Vaccination in the Punjab 1867-1880 - 1867-1880
Year: 1867
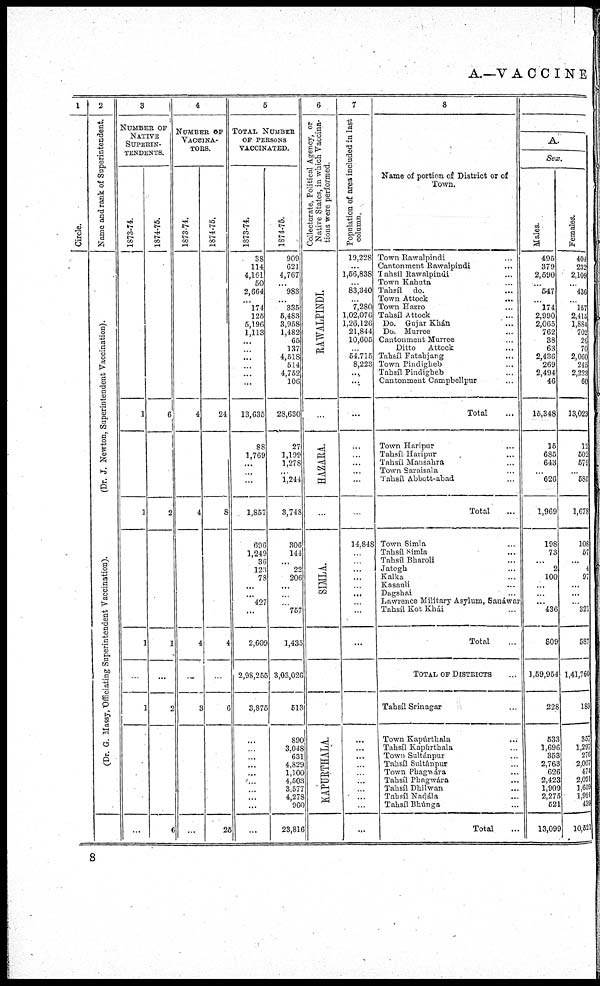
A.—VACCINE
1
Circle.
2
Name and rank of Superintendent.
(Dr. J. Ne wt on, Superintendent "Vaccination).
(Dr.
G. Massy, Officiating Superintendent Vaccination).
3
NUMBER OF
NATIVE
SUPERIN-
--------.
1873-74.
1
1
1
...
1
...
1874-75.
6
2
1
...
2
6
4
NUMBER OF
VACCINA-
TORS.
1873-74.
4
4
4
...
3
...
1874-75.
24
8
4
...
6
25
5
TOTAL NUMBER
OF PERSONS
VACCINATED.
1873-74.
38
114
4,161
50
2,664
...
174
125
5,196
1,113
...
...
...
...
...
...
13,635
88
1,769
...
...
...
1,857
696
1,249
36
123
78
...
...
427
...
2,609
2,98,255
3,875
...
...
...
...
...
...
...
...
...
...
1874-75.
909
621
4,767
...
983
...
335
5,483
3,958
1,482
65
137
4,518
514
4,752
106
28,630
27
1,199
1,278
...
1,244
3,748
306
144
...
22
206
...
...
...
757
1,435
3,03,026
513
890
3,048
631
4,829
1,100
4,503
3,577
4,278
960
23,816
6
Collectorate, Political Agency, or
Native States, in which Vaccina-
tions were performed.
RAWALPINDI.
...
HAZARA.
...
SIMLA.
KAPURTHALA.
7
Population of area included in last
column,
19.228
...
1,66,838
...
83,340
...
7,280
1,02,076
1,26,126
21,844
10,605
...
54.715
8,223
...
...
...
...
...
...
...
...
...
14.848
...
...
...
...
...
...
...
...
...
...
...
...
...
...
...
...
...
...
...
...
...
8
Name of portion of District or of
Town.
Town Rawalpindi ...
Cantonment Rawalpindi ...
Tahsíl Rawalpinái ...
Town Kahuta ...
Tahsíl do. ...
Town Attock ...
Town Hazro ...
Tahsíl Attock ...
Do. Gujar Khán ...
Do. Murree ...
Cantonment Murree ...
Ditto
Attock ...
Tahsíl Fatahjang ...
Town Pindigheb ...
Tahsíl Pindigheb ...
Cantonment Campbellpur ...
Total ...
Town Haripur ...
Tahsíl Haripur ...
Tahsíl Mansahra ...
Town Saraisala ...
Tahsíl Abbott-abad ...
Total ...
Town Simla ...
Tahsíl Simla ...
Tahsíl Bharoli ...
Jatogh ...
Kalka ...
Kasauli ...
Dugshai ...
Lawrence Military Asylum, Bauáwar
Tahsíl Kot Khái ...
Total ...
Total of Districts ...
Tahsíl Srinagar ...
Town Kapúrthala ...
Tahsíl Kapúrthala ...
Town Sultánpur ...
Tahsíl Sultánpur ...
Town Phagwára ...
Tahsíl Phagwára ...
Tahsíl Dhilwan ...
Tahsíl Nadála ...
Tahsíl Bhúnga ...
Total ...
A.
Sex.
Males.
495
379
2,590
...
547
... 174
2,990
2,065
762
38
63
2,436
269
2,494
46
15,348
15
685
643
...
626
1,969
198
73
...
2
100
...
...
...
436
809
1,59,954
228
533
1,696
353
2,763
626
2,423
1,909
2,275
521
13,099
Females.
404
232
2,109
...
436
...
157
2,415
1,884
702
26
70
2,060
245
2,223
60
13,023
12
502
579
...
585
1,678
108
57
...
4
97
...
...
...
321
587
1,41,760
189
357
1,297
276
2,007
474
2,021
1,659
1,991
439
10,621
8